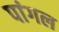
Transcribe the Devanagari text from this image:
पांगल